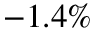
- 1 . 4 \%